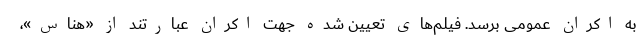
به اکران عمومی برسد. فیلم‌های تعیین شده جهت اکران عبارتند از «هناس»،